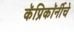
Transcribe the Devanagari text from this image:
कॅप्रिकॉर्नीचे